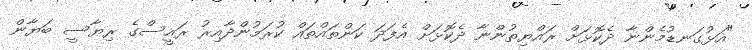
"އަޅުގަނޑުމެންނާ ދެކޮޅަށް ރައްޔިތުންނާ ދެކޮޅަށް އެފަދަ ކަންތައްތައް ކުރަމުންދާއިރު ރައީސްގެ ރިޔާސީ ބަޔާން